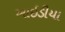
આઇડીયા